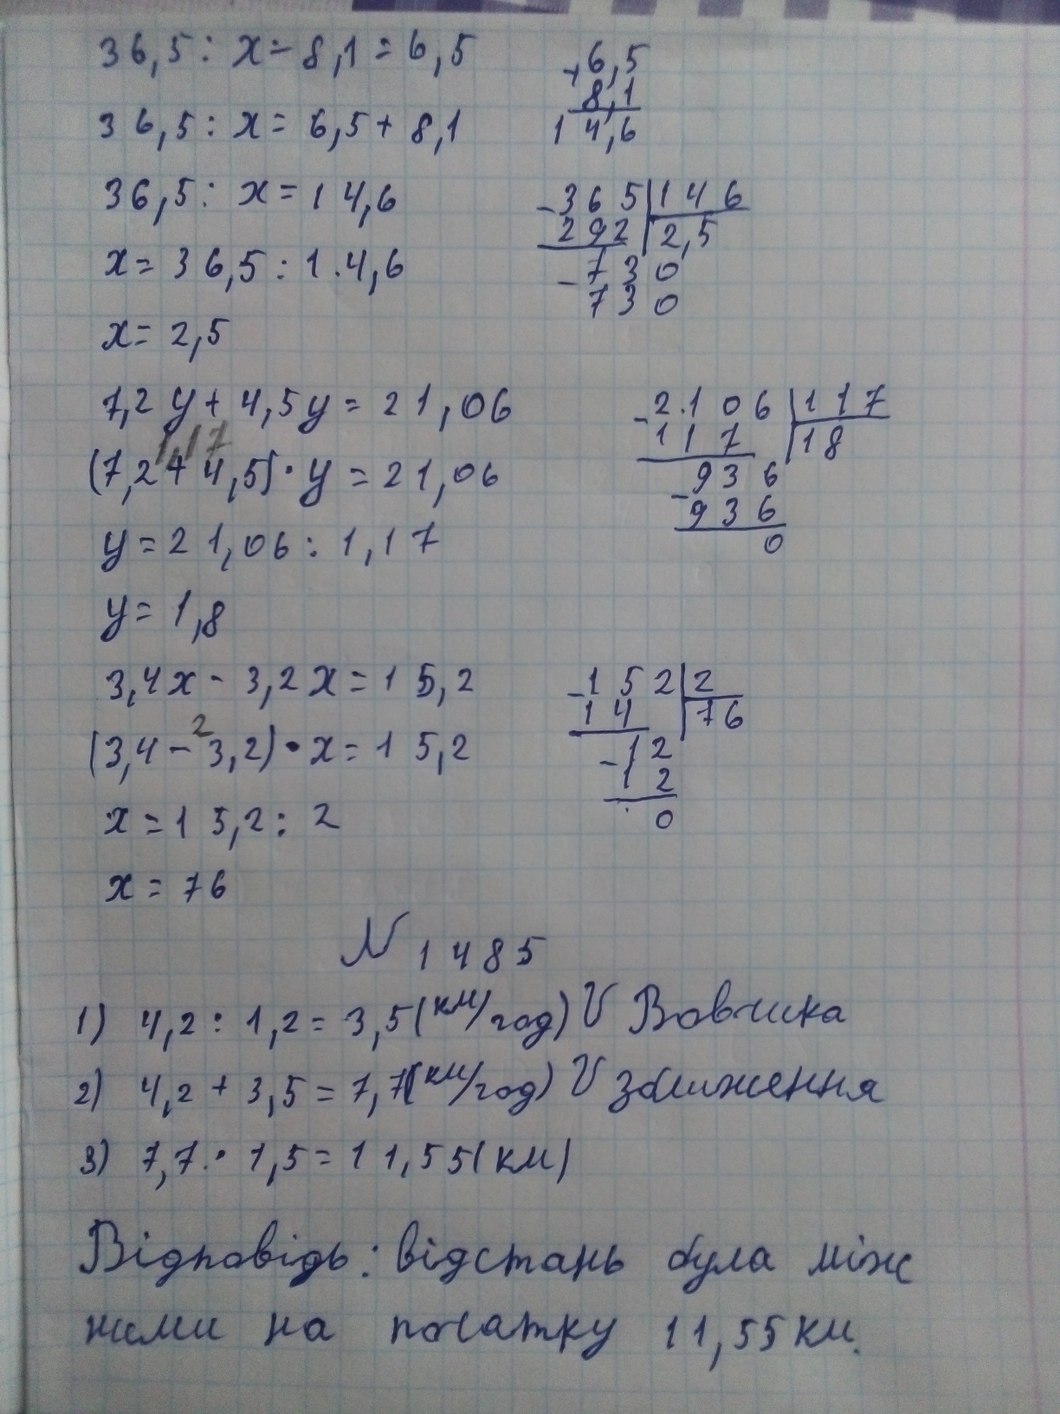
36,5 : x - 8,1 = 6,5
\begin{array}{r}
  6,5 \\
+  8,1 \\
\hline
 14,6
\end{array}
36,5 : x = 6,5 + 8,1
36,5 : x = 14,6
\begin{array}{r|l} 365 & 146 \\ \cline{2-2} - 292 & 2,5 \\ \cline{1-1} - 730 & \\ 730  & \end{array}
x = 36,5 : 1.4,6
x = 2,5
7,2 y + 4,5 y = 21,06
\begin{array}{r|l} 2106 & 117 \\ \cline{2-2} - 117 & 18 \\ \cline{1-1} - 936 & \\ 936 & \\ \cline{1-1} 0 & \end{array}
1,17
(7,2 + 4,5) * y = 21,06
y = 21,06 : 1,17
y = 1,8
3,4x - 3,2x = 15,2
\begin{array}{r|l} 152 & 2 \\ \cline{2-2} - 14 & 76 \\ \cline{1-1} - 12 & \\ 12 & \\ \cline{1-1} 0 & \end{array}
2
(3,4 - 3,2) * x = 15,2
x = 15,2 : 2
x = 76
№ 1485
1) 4,2 : 1,2 = 3,5 (км/год) V Вовчика
2) 4,2 + 3,5 = 7,7 (км/год) V зближення
3) 7,7 · 1,5 = 11,55 (км)
Відповідь: відстань була між
ними на початку 11,55 км.